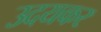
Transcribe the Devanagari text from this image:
उदयकर